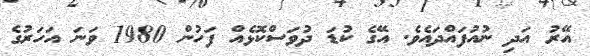
އޭރު އަދި ނުއުފައްދައެވެ. އޭގެ ކުޑަ ދުވަސްކޮޅެއް ފަހުން 1980 ވަނަ އަހަރުގެ